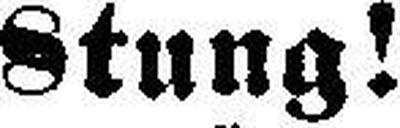
8tung!